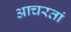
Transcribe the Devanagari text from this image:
आचरतां